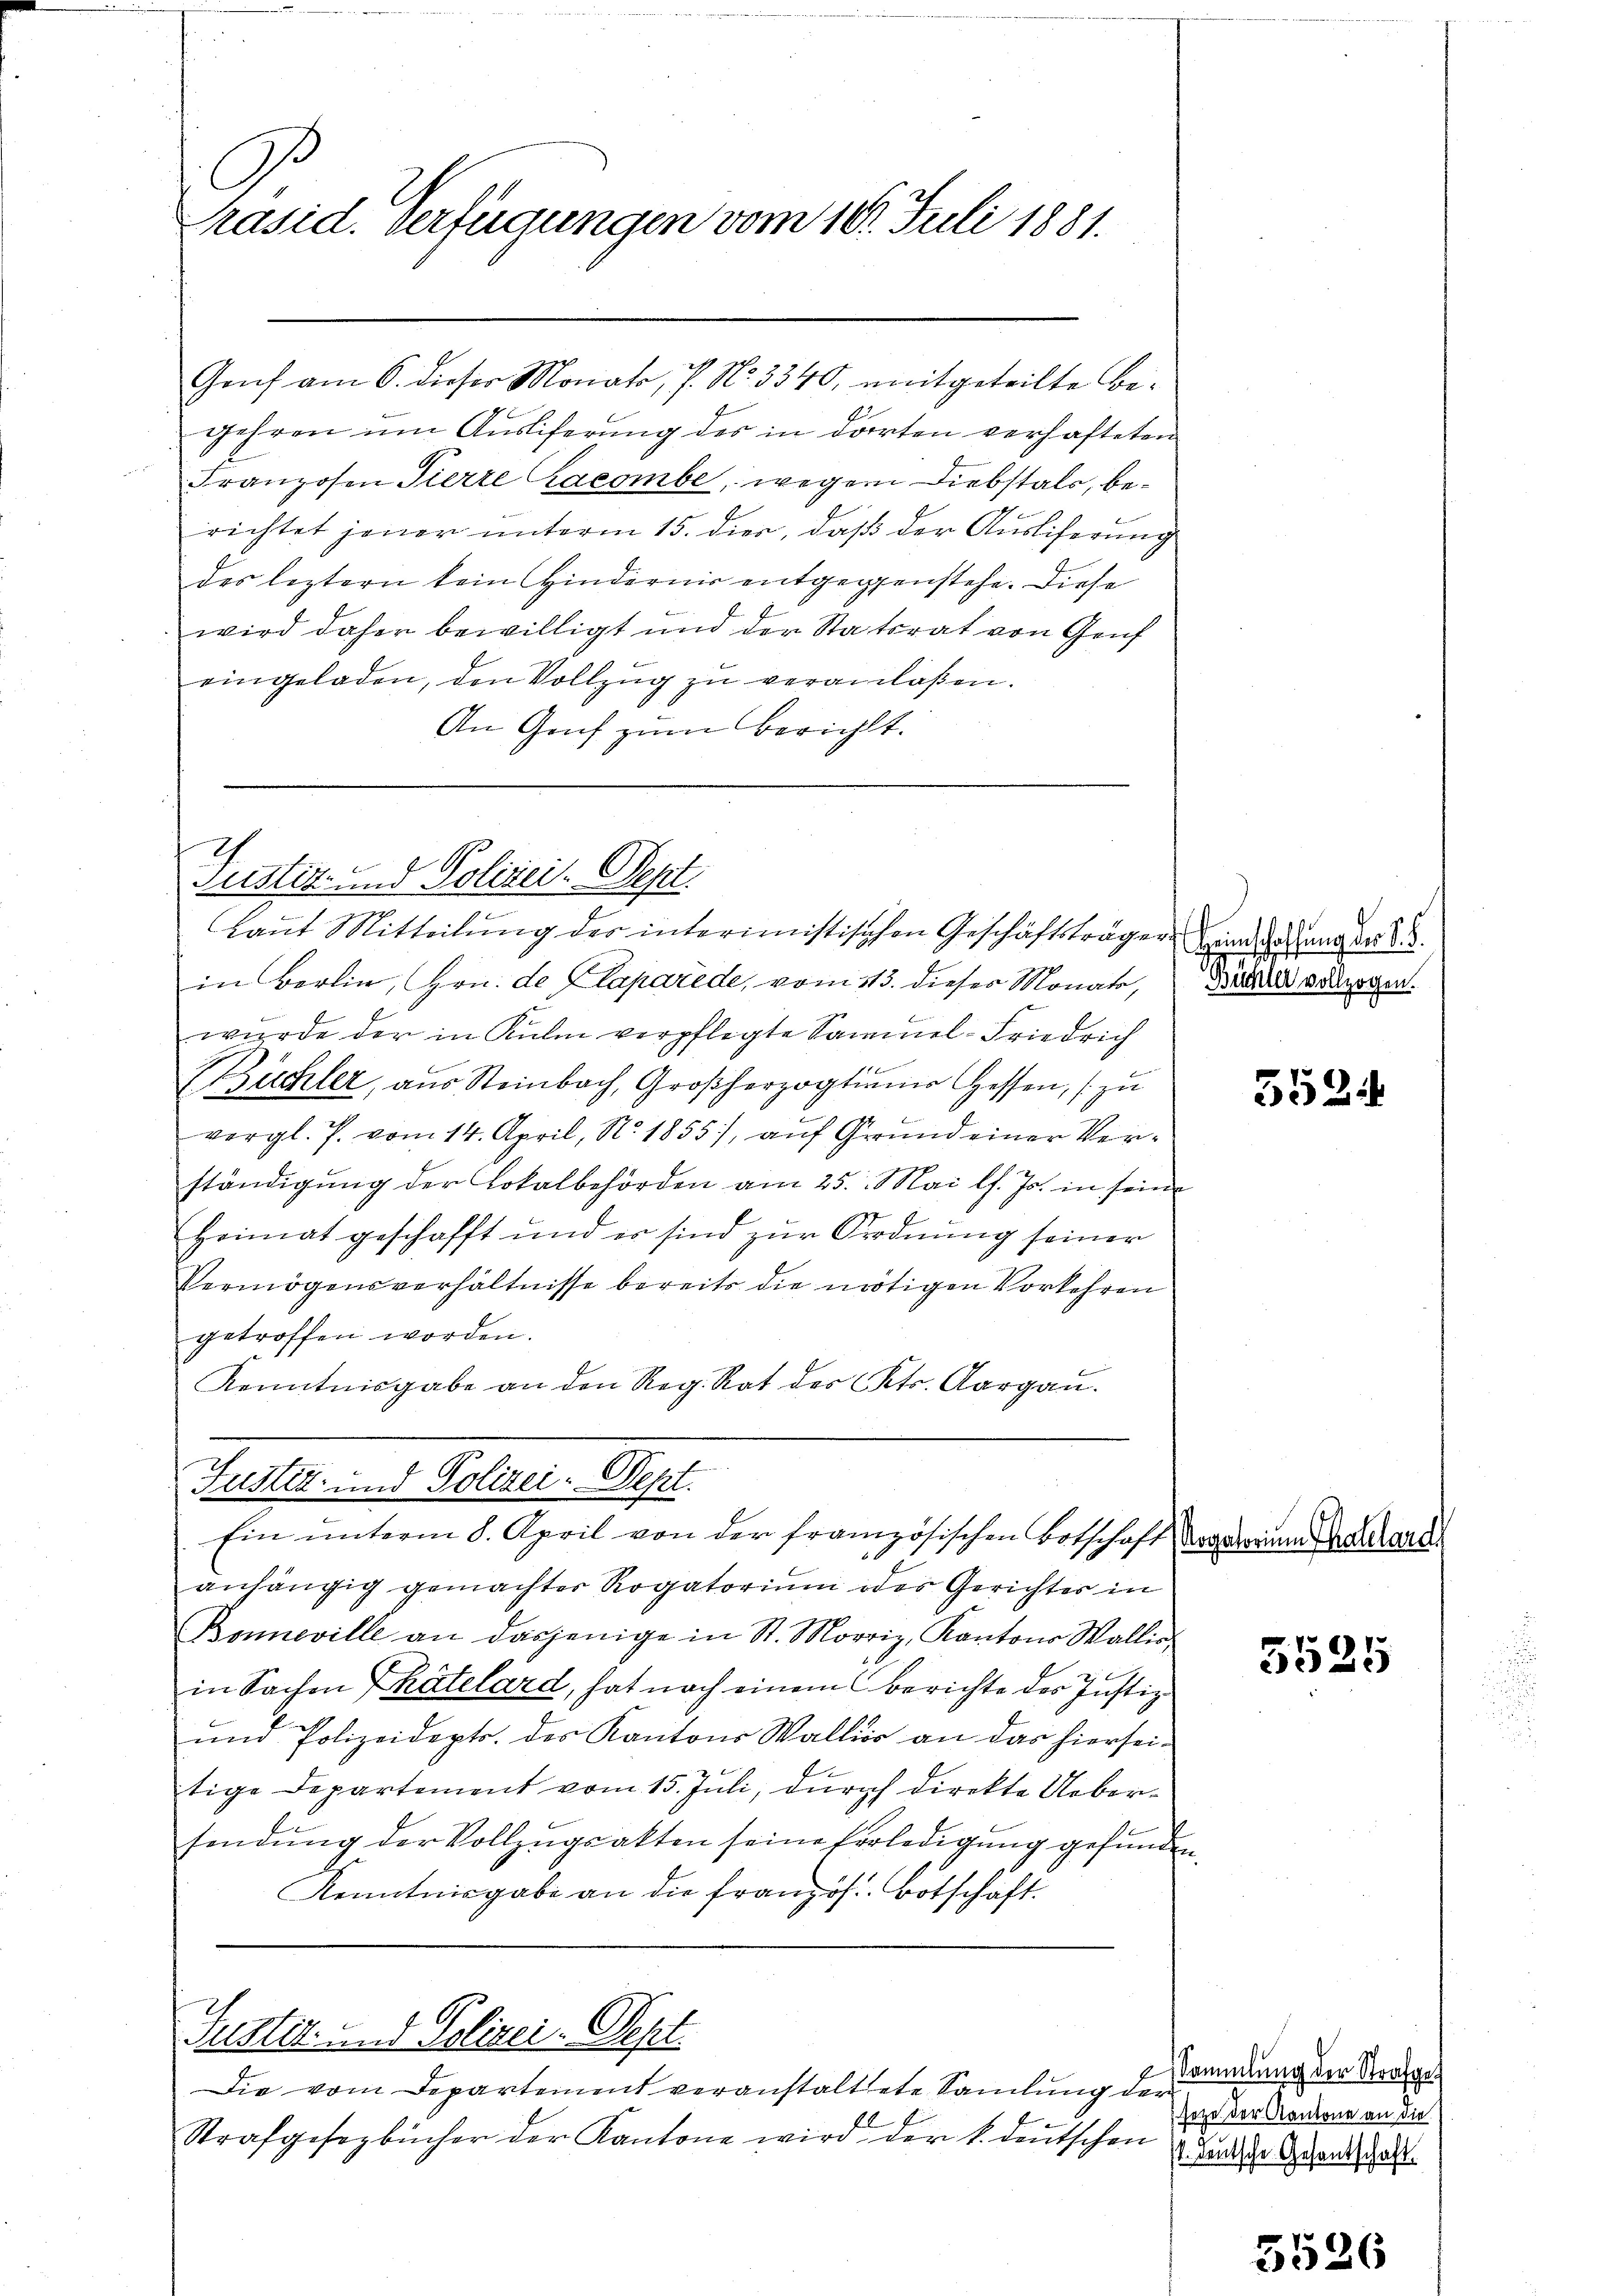
C
Präsid. Verfügungen vom 16. Juli 1881.

Genf am 6. dieser Monato, J. No. 3340, mitgeteilte Begehren um Ausliferung des in dorten verhafteten
Franzosen Tierre acombe, wegen Diebstals, berichtet jener unterm 15. dien, daß der Ausliferung
des leztern kein Hindernis entgegenstehe. Diese
wird daher bewilligt und der Statsrat von Genf
eingeladen, den Vollzug zu veranlaßen.
An Genf zum Berichtt.

Justiz- und Polizei. Sept.
Laut Mitteilung des interimistischen Geschäftsträger Eindrang der 23.

Justiz- und Polizei-Dept.
Ein ŭnterm 8. April von der französischen Botschaft dageweine Aulare

Justiz- und Polizei-Sept.

in Berlin, Hrn. de laparede, vom 113. dieses Monats,
wurde der in Kulm verpflegte Sammel-Friedrich
Bichler, aŭs Steinbach, Großherzogtinner Hessen, zu
vergl. P. vom 14. April, N. 1855), auf Grund einer Verständigung der Lokalbehörden am 25. Mai l. Js. in seine
Heimat geschafft und er sind zur Ordnung seiner
Vermögensverhältnisse bereits die nötigen Vorkehren
getroffen worden.
Kenntnisgabe an den Reg. Rat des Cts. Aargau.

Die vom Departement veranstaltete Samlung der
Strafgesezbücher der Kantone wird der k. deutschen

Grügeler vollzogen.

anhängig gemachter Rogatorium oder Gerichtes in
Bonneville an dasjenige in St. Morriz, Kantons Wallie
in Sachen Thätelard, hat nach einem Berichte des Justiz
und Polizeidepts. des Kantons Wallis an das hierseitige Departement vom 15. Juli, durch direkte Uebersendŭng der Vollzŭgsakten seine Erledigung gefunden.
Kenntnisgabe an die französ. Botschaft.

552.

5525

Sammlung der Strafgesetze der Kantone an die
st. Deutsche Gesantschaft

6